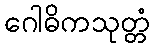
ဂေါဓိကသုတ္တံ